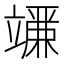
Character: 𬔨